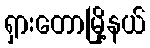
ရှားတောမြို့နယ်